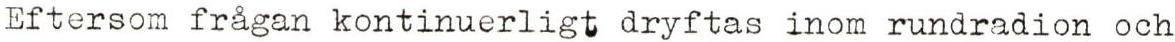
Eftersom frågan kontinuerligt dryftas inom rundradion och